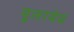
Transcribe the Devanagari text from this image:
यूलायेव